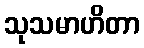
သုသမာဟိတာ